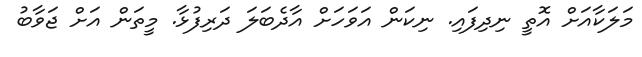
މަލަކާއަށް އޮތީ ނިދިފައި. ނިކަން އަވަހަށް އާދެބަލަ ދަރިފުޅާ. މީތަން އަށް ޖަވާބު